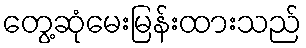
တွေ့ဆုံမေးမြန်းထားသည်